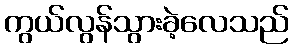
ကွယ်လွန်သွားခဲ့လေသည်